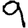
Digit: 9